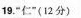
19.”仁”(12分)